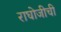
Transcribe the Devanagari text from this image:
राघोजीची